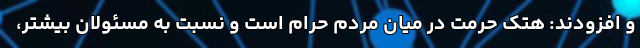
و افزودند: هتک حرمت در میان مردم حرام است و نسبت به مسئولان بیشتر،